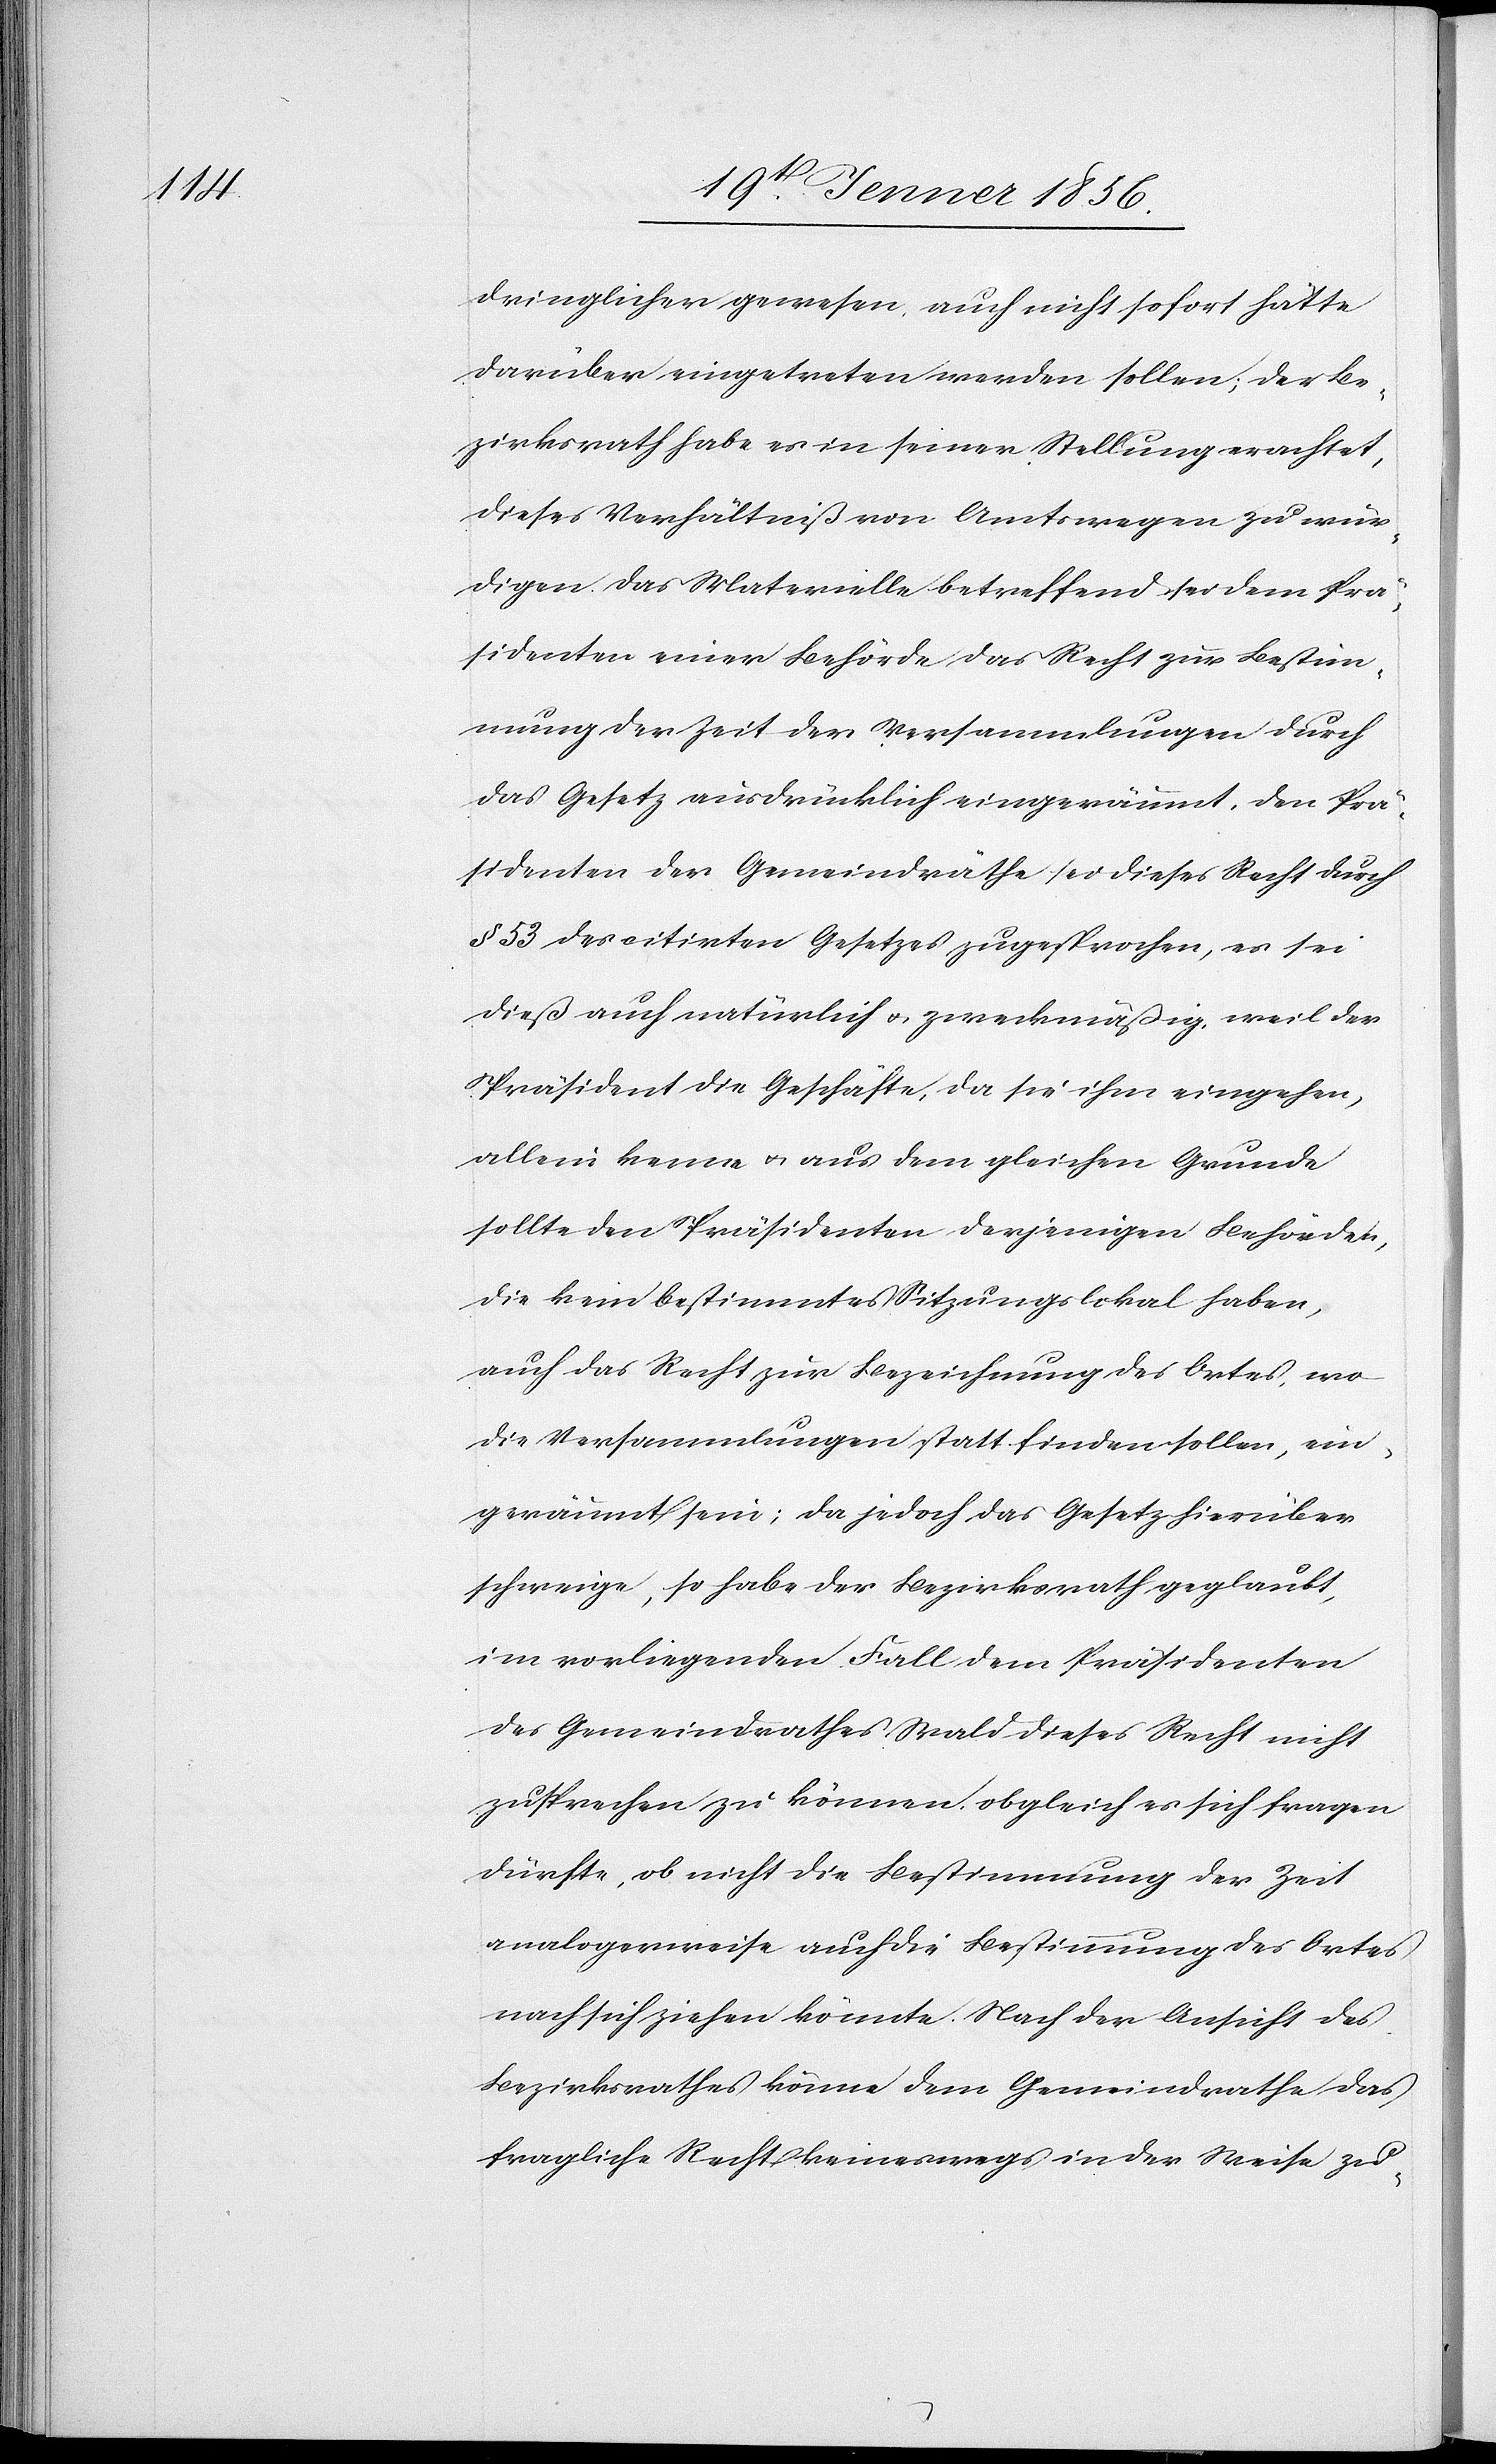
dringlicher gewesen, auch nicht sofort hätte
darüber eingetreten werden sollen; der Be¬
zirksrath habe es in seiner Stellung erachtet,
dieses Verhältniß von Amtswegen zu wür¬
digen. Das Materielle betreffend sei dem Prä¬
sidenten einer Behörde das Recht zur Bestim¬
mung der Zeit der Versammlungen durch
das Gesetz ausdrücklich eingeräumt, den Prä¬
sidenten der Gemeindräthe sei dieses Recht durch
§ 53 des citirten Gesetzes zugesprochen, es sei
dieß auch natürlich u. zweckmäßig, weil der
Präsident die Geschäfte, da sie ihm eingehen,
allein kenne u. aus dem gleichen Grunde
sollte den Präsidenten derjenigen Behörden,
die kein bestimmtes Sitzungslokal haben,
auch das Recht zur Bezeichnung des Ortes, wo
die Versammlungen stattfinden sollen, ein¬
geräumt sein; da jedoch das Gesetz hierüber
schweige, so habe der Bezirksrath geglaubt,
im vorliegenden Fall dem Präsidenten
des Gemeindrathes Wald dieses Recht nicht
zusprechen zu können, obgleich er sich fragen
dürfte, ob nicht die Bestimmung der Zeit
analogerweise auch die Bestimmung des Ortes
nach sich ziehen könnte. Nach der Ansicht des
Bezirksrathes könne dem Gemeindrathe das
fragliche Recht keineswegs in der Weise zu-